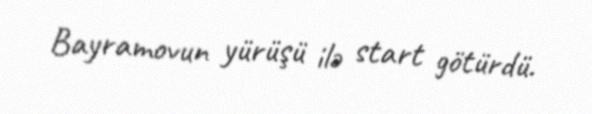
Bayramovun yürüşü ilə start götürdü.